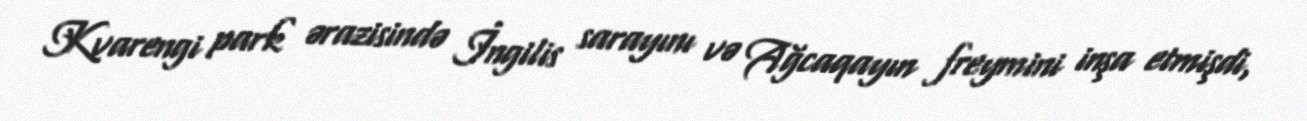
Kvarengi park ərazisində İngilis sarayını və Ağcaqayın freymini inşa etmişdi,